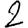
Digit: 2